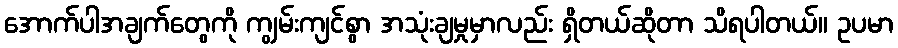
အောက်ပါအချက်တွေကို ကျွမ်းကျင်စွာ အသုံးချမှုမှာလည်း ရှိတယ်ဆိုတာ သိရပါတယ်။ ဥပမာ